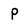
Character: p